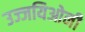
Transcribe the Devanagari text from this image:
उज्जयिओनी